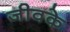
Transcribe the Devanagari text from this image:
जीवके